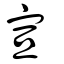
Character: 宣